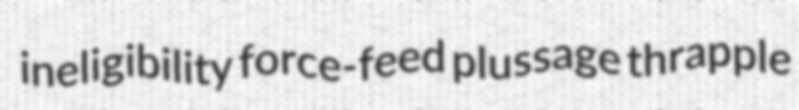
ineligibility force-feed plussage thrapple